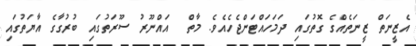
އެޒީނަތް ޒީނަތެއްގެ ގޮތުގައި ދަމަހައްޓަންޖެހެއެވެ. މާތް  އައްނޫރު ސޫރަތުގައި ބުރުގާގެ އާޔަތުގައި